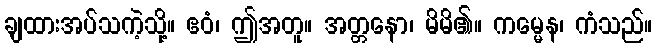
ချထားအပ်သကဲ့သို့။ ဧဝံ၊ ဤအတူ။ အတ္တနော၊ မိမိ၏။ ကမ္မေန၊ ကံသည်။